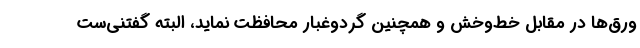
ورق‌ها در مقابل خط‌وخش و همچنین گردوغبار محافظت نماید، البته گفتنی‌ست